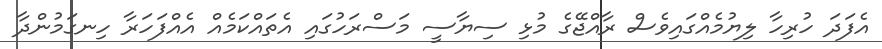
އެފަދަ ހުރިހާ ލިޔުމެއްގައިވެސް ރާއްޖޭގެ މުޅި ސިޔާސީ މަސްރަހުގައި އެތައްކަމެއް އެއްފަހަރާ ހިނގަމުންދާ